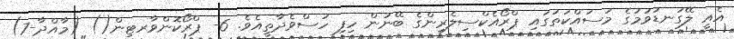
އެއީ ލޭގަނޑުވުމުގެ މަސައްކަތުގައި ޕްރޯއެކްސިލެރިންގެ ބޭނުން ހިފި ހުސްވެދާތީއެވެ. 6- ޕްރޯކޮންވާރޓިން() (މާއްދާ-7)